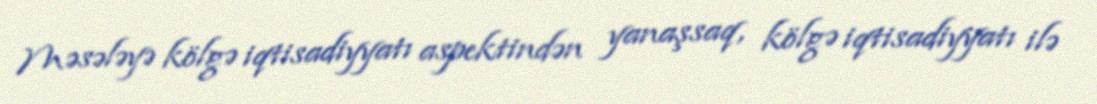
Məsələyə kölgə iqtisadiyyatı aspektindən yanaşsaq, kölgə iqtisadiyyatı ilə